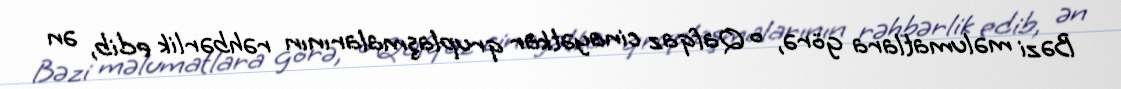
Bəzi məlumatlara görə, o Qafqaz cinayətkar qruplaşmalarının rəhbərlik edib, ən